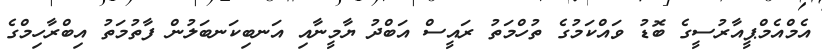
އެމްއެމްޕީއާރުސީގެ ބޮޑު ވައްކަމުގެ ތުހްމަތު ރައީސް އަބްދު ޔާމީނާއި އަނބިކަނބަލުން ފާތުމަތު އިބްރާހިމްގެ